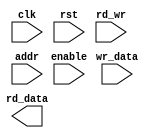
///////////////////////////////////////////////////////////////////////////
// MODULE               : adder                                          //
//                                                                       //
// DESIGNER             : David Hodefi                                   //
//                                                                       //
// Verilog code for 4-bit adder                                          //
// This is the behavioral description of an 4-bit adder		             //
//                                                                       //
///////////////////////////////////////////////////////////////////////////

module memory4b (
    input clk,
    input rst,
    input enable,
    input rd_wr,  //rd_wr 0 -write, 1 read
    input [2:0] addr,
    input [7:0] wr_data,
    output [7:0] rd_data
);
///////////////////////////////////////////////////////////////////////////////////////////
//   reg [4:0] internal_sum;

//   always @(posedge clk or posedge rst) begin
//     if (rst) begin
//       rd_data <= 8'hFF;
//     end else if (enable) begin
//         if (rd_wr) begin
//             pass
//         end else begin
//             pass
//         end
//       internal_sum <= A + B;
//     end else begin
//       internal_sum <= Sum;
//     end
//   end

//   assign Sum = internal_sum;

endmodule